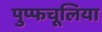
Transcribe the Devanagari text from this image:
पुप्फचूलिया